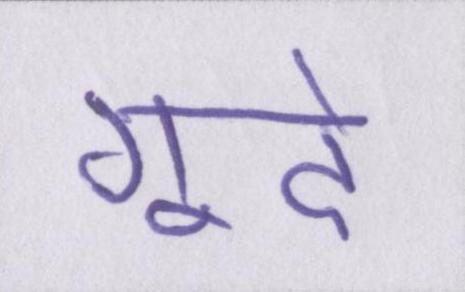
गूदे